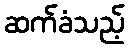
ဆက်ခံသည့်